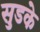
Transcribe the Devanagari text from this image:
सुडके